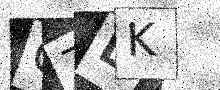
Text: Q7LK